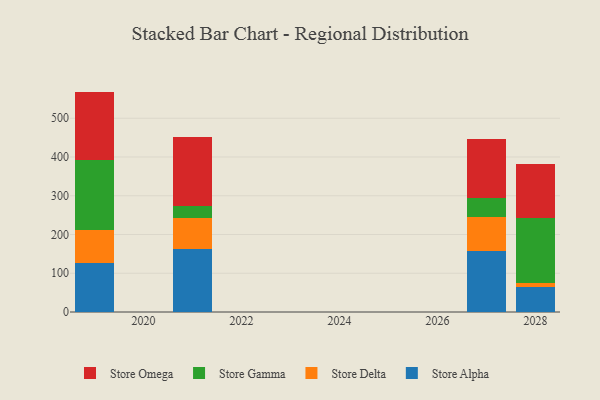
{"axis": {"x": "Year", "y": "Tickets Resolved"}, "legend": ["Store Alpha", "Store Delta", "Store Gamma", "Store Omega"], "data": [{"x": "2027", "y": 157.9, "type": "Store Alpha"}, {"x": "2027", "y": 88.2, "type": "Store Delta"}, {"x": "2027", "y": 48.6, "type": "Store Gamma"}, {"x": "2027", "y": 150.8, "type": "Store Omega"}, {"x": "2021", "y": 163.2, "type": "Store Alpha"}, {"x": "2021", "y": 79.2, "type": "Store Delta"}, {"x": "2021", "y": 31.0, "type": "Store Gamma"}, {"x": "2021", "y": 178.6, "type": "Store Omega"}, {"x": "2019", "y": 127.7, "type": "Store Alpha"}, {"x": "2019", "y": 83.4, "type": "Store Delta"}, {"x": "2019", "y": 180.0, "type": "Store Gamma"}, {"x": "2019", "y": 177.7, "type": "Store Omega"}, {"x": "2028", "y": 65.6, "type": "Store Alpha"}, {"x": "2028", "y": 8.5, "type": "Store Delta"}, {"x": "2028", "y": 167.9, "type": "Store Gamma"}, {"x": "2028", "y": 141.2, "type": "Store Omega"}]}